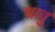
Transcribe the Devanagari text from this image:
धावु